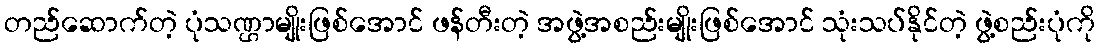
တည်ဆောက်တဲ့ ပုံသဏ္ဌာမျိုးဖြစ်အောင် ဖန်တီးတဲ့ အဖွဲ့အစည်းမျိုးဖြစ်အောင် သုံးသပ်နိုင်တဲ့ ဖွဲ့စည်းပုံကို